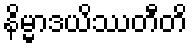
နိမ္မာဒယိဿတီတိ